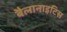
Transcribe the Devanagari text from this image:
बैलानाइटिस